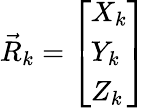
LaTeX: \vec{R}_{k}=\left[\begin{array}{l}{X_{k}}\\ {Y_{k}}\\ {Z_{k}}\end{array}\right]